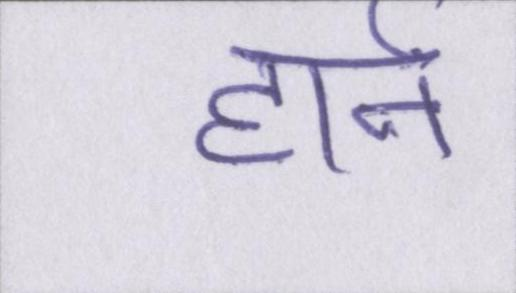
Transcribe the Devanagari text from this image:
हार्न